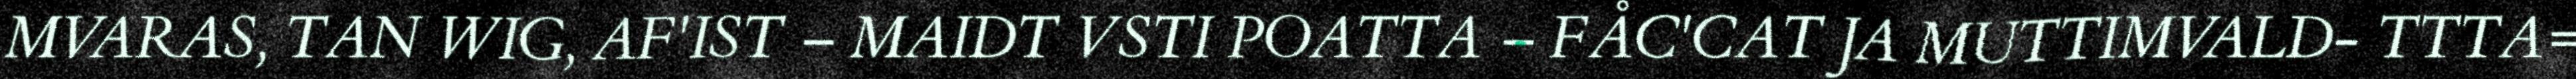
MVARAS, TAN WIG, AF'IST – MAIDT VSTI POATTA – FÅC'CAT JA MUTTIMVALD- TTTA=